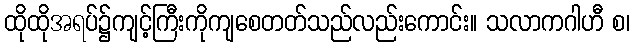
ထိုထိုအရပ်၌ကျင့်ကြီးကိုကျစေတတ်သည်လည်းကောင်း။ သလာကဂါဟီ စ၊